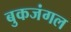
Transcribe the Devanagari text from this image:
बुकजंगल